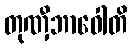
တုဏှီဘာဝေါတိ